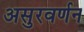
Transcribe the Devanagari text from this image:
असुरवर्णन